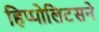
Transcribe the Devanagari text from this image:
हिप्पोलिटसने